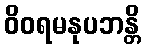
ဝိဝရမနုပဘန္တိ